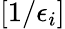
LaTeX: [1/\epsilon_{i}]